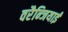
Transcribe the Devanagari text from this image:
वरैन्जियाई